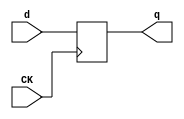
//# 14 inputs
//# 14 outputs
//# 18 D-type flipflops
//# 141 inverters
//# 388 gates (118 ANDs + 119 NANDs + 101 ORs + 50 NORs)

module dff(CK,q,d);
input CK,d;
output reg q;
always @ (posedge CK)
q<=d;
endmodule

module s1196a(GND,VDD,CK,G0,G1,G10,G11,G12,G13,G2,G3,G4,G45,G5,G530,G532,G535,
  G537,G539,
  G542,G546,G547,G548,G549,G550,G551,G552,G6,G7,G8,G9);
input GND,VDD,CK,G0,G1,G2,G3,G4,G5,G6,G7,G8,G9,G10,G11,G12,G13;
output G546,G539,G550,G551,G552,G547,G548,G549,G530,G45,G542,G532,G535,G537;

  wire G29,G502,G30,G503,G31,G504,G32,G505,G33,G506,G34,G507,G35,G508,G36,G509,
    G37,G510,G38,G511,G39,G512,G40,G513,G41,G514,G42,G515,G43,G516,G44,G517,
    G518,G46,G519,G520,G521,G522,G524,II156,G334,G527,G528,G529,G531,G533,G536,
    G538,G540,G541,G543,G476,G484,G125,G140,G132,G70,G67,G99,G475,G57,G59,G58,
    G228,G272,G271,G98,G97,G135,G134,II218,G333,G55,G54,G165,G72,G71,G236,G274,
    G275,II249,G370,G75,G74,G490,G190,G482,G241,G153,G192,G193,G123,G122,II272,
    G209,G458,II276,G238,G332,II280,G309,II287,G347,G498,G195,G78,G77,II295,
    G198,G459,G199,G200,G90,G89,G221,G222,G223,G224,II316,G239,G369,G234,G235,
    II327,G435,II330,G441,G50,G49,G130,G501,G156,G477,G276,G485,II352,G299,
    G497,G205,II371,G335,II374,G456,G87,G86,II386,G414,G486,G68,G231,G232,G160,
    G161,G265,G64,G63,G180,G181,G107,G207,G208,G167,G168,G124,G206,G203,G204,
    G489,G273,G495,G177,G357,G212,G213,II493,G218,G404,II502,G468,G173,G487,
    G534,II529,G149,II536,G79,G446,G494,G500,G214,G215,G492,G62,G483,G182,G282,
    G281,II573,G176,G403,II576,G175,G447,G479,G194,G491,G554,G553,G170,G171,
    G172,G525,G526,G493,G544,G545,G488,G499,G280,II624,G120,G303,G480,G179,
    II631,G188,G336,G496,G174,II662,G405,G478,G279,II692,G145,G432,G359,G469,
    G163,G461,G431,G362,G129,G81,G288,G240,G348,G352,G164,G379,G211,G385,G376,
    G387,G462,G436,G363,G410,G399,G437,G66,G229,G307,G104,G306,G283,G219,G339,
    G472,G136,G351,G169,G440,G382,G100,G386,G85,G321,G378,G471,G191,G103,G112,
    G377,G56,G358,G83,G400,G277,G308,G151,G411,G48,G413,G197,G201,G434,G373,
    G444,G361,G202,G346,G82,G457,G364,G109,G445,G53,G225,G412,G371,G267,G353,
    G92,G388,G114,G473,G143,G331,G257,G429,G51,G380,G93,G360,G106,G338,G337,
    G270,G340,G322,G105,G196,G330,G248,G249,G430,G344,G111,G189,G428,G227,G349,
    G108,G460,G115,G463,G148,G393,G127,G470,G341,G118,G342,G73,G324,G183,G323,
    G144,G354,G312,G315,G250,G251,G474,G242,G343,G147,G304,G52,G158,G398,G94,
    G365,G137,G417,G290,G117,G157,G327,G367,G126,G397,G101,G451,G187,G406,G418,
    G60,G453,G186,G289,G119,G311,G178,G402,G154,G433,G91,G449,G88,G452,G184,
    G329,G150,G291,G138,G155,G328,G102,G366,G372,G116,G383,G131,G392,G396,G76,
    G401,G110,G422,G80,G415,G146,G142,G425,G438,G133,G424,G439,G317,G159,G245,
    G426,G162,G443,G47,G416,G61,G427,G95,G442,G121,G423,G128,G448,G139,G419,
    G394,G407,G314,G395,G302,G355,G316,G350,G368,G381,G384,G389,G374,G286,G293,
    G375,G356,G313,G420,G421,G320,G310,G408,G305,G409,G296,G325,G464,G391,G220,
    G292,G345,G226,G465,G210,G454,G269,G287,G318,G326,G390,G298,G300,G261,G301,
    G297,G455,G152,G319,G284,G294,G141,G285,G295,G450,G244,G166,G252,G216,G263,
    G233,G243,G237,G96,G278,G255,G69,G264,G84,G258,G259,G217,G230,G260,G266,
    G262,G256,G113,G268,G253,G254,G523,G247,G246,G185;

  dff DFF_0(CK,G29,G502);
  dff DFF_1(CK,G30,G503);
  dff DFF_2(CK,G31,G504);
  dff DFF_3(CK,G32,G505);
  dff DFF_4(CK,G33,G506);
  dff DFF_5(CK,G34,G507);
  dff DFF_6(CK,G35,G508);
  dff DFF_7(CK,G36,G509);
  dff DFF_8(CK,G37,G510);
  dff DFF_9(CK,G38,G511);
  dff DFF_10(CK,G39,G512);
  dff DFF_11(CK,G40,G513);
  dff DFF_12(CK,G41,G514);
  dff DFF_13(CK,G42,G515);
  dff DFF_14(CK,G43,G516);
  dff DFF_15(CK,G44,G517);
  dff DFF_16(CK,G45,G518);
  dff DFF_17(CK,G46,G519);
  not NOT_0(G520,G0);
  not NOT_1(G521,G1);
  not NOT_2(G522,G2);
  not NOT_3(G524,G3);
  not NOT_4(II156,G4);
  not NOT_5(G334,II156);
  not NOT_6(G527,G4);
  not NOT_7(G528,G5);
  not NOT_8(G529,G6);
  not NOT_9(G531,G7);
  not NOT_10(G533,G8);
  not NOT_11(G536,G9);
  not NOT_12(G538,G10);
  not NOT_13(G540,G11);
  not NOT_14(G541,G12);
  not NOT_15(G543,G13);
  not NOT_16(G476,G30);
  not NOT_17(G484,G30);
  not NOT_18(G125,G40);
  not NOT_19(G140,G33);
  not NOT_20(G546,G41);
  not NOT_21(G132,G42);
  not NOT_22(G70,G43);
  not NOT_23(G67,G44);
  not NOT_24(G99,G29);
  not NOT_25(G475,G57);
  not NOT_26(G59,G58);
  not NOT_27(G228,G524);
  not NOT_28(G272,G271);
  not NOT_29(G98,G97);
  not NOT_30(G135,G134);
  not NOT_31(II218,G528);
  not NOT_32(G333,II218);
  not NOT_33(G55,G54);
  not NOT_34(G165,G529);
  not NOT_35(G72,G71);
  not NOT_36(G236,G274);
  not NOT_37(G275,G274);
  not NOT_38(II249,G538);
  not NOT_39(G370,II249);
  not NOT_40(G75,G74);
  not NOT_41(G490,G190);
  not NOT_42(G482,G241);
  not NOT_43(G153,G522);
  not NOT_44(G192,G193);
  not NOT_45(G123,G122);
  not NOT_46(II272,G209);
  not NOT_47(G458,II272);
  not NOT_48(II276,G238);
  not NOT_49(G332,II276);
  not NOT_50(II280,G272);
  not NOT_51(G309,II280);
  not NOT_52(II287,G135);
  not NOT_53(G347,II287);
  not NOT_54(G498,G195);
  not NOT_55(G78,G77);
  not NOT_56(II295,G198);
  not NOT_57(G459,II295);
  not NOT_58(G199,G200);
  not NOT_59(G90,G89);
  not NOT_60(G221,G222);
  not NOT_61(G223,G224);
  not NOT_62(II316,G239);
  not NOT_63(G369,II316);
  not NOT_64(G234,G235);
  not NOT_65(II327,G135);
  not NOT_66(G435,II327);
  not NOT_67(II330,G236);
  not NOT_68(G441,II330);
  not NOT_69(G50,G49);
  not NOT_70(G130,G9);
  not NOT_71(G501,G156);
  not NOT_72(G477,G276);
  not NOT_73(G485,G276);
  not NOT_74(II352,G77);
  not NOT_75(G299,II352);
  not NOT_76(G497,G205);
  not NOT_77(II371,G1);
  not NOT_78(G335,II371);
  not NOT_79(II374,G520);
  not NOT_80(G456,II374);
  not NOT_81(G87,G86);
  not NOT_82(II386,G199);
  not NOT_83(G414,II386);
  not NOT_84(G486,G68);
  not NOT_85(G231,G232);
  not NOT_86(G160,G161);
  not NOT_87(G265,G50);
  not NOT_88(G64,G63);
  not NOT_89(G180,G181);
  not NOT_90(G107,G456);
  not NOT_91(G207,G208);
  not NOT_92(G167,G168);
  not NOT_93(G124,G206);
  not NOT_94(G203,G204);
  not NOT_95(G489,G273);
  not NOT_96(G495,G273);
  not NOT_97(G177,G357);
  not NOT_98(G212,G213);
  not NOT_99(II493,G218);
  not NOT_100(G404,II493);
  not NOT_101(II502,G124);
  not NOT_102(G468,II502);
  not NOT_103(G173,G495);
  not NOT_104(G487,G534);
  not NOT_105(II529,G468);
  not NOT_106(G149,II529);
  not NOT_107(II536,G79);
  not NOT_108(G446,II536);
  not NOT_109(G494,G173);
  not NOT_110(G500,G173);
  not NOT_111(G214,G215);
  not NOT_112(G492,G62);
  not NOT_113(G483,G182);
  not NOT_114(G282,G281);
  not NOT_115(II573,G176);
  not NOT_116(G403,II573);
  not NOT_117(II576,G175);
  not NOT_118(G447,II576);
  not NOT_119(G479,G194);
  not NOT_120(G491,G194);
  not NOT_121(G554,G553);
  not NOT_122(G170,G171);
  not NOT_123(G172,G171);
  not NOT_124(G525,G526);
  not NOT_125(G493,G544);
  not NOT_126(G545,G544);
  not NOT_127(G488,G172);
  not NOT_128(G499,G280);
  not NOT_129(II624,G120);
  not NOT_130(G303,II624);
  not NOT_131(G480,G179);
  not NOT_132(II631,G188);
  not NOT_133(G336,II631);
  not NOT_134(G496,G188);
  not NOT_135(G174,G496);
  not NOT_136(II662,G174);
  not NOT_137(G405,II662);
  not NOT_138(G478,G279);
  not NOT_139(II692,G145);
  not NOT_140(G432,II692);
  and AND2_0(G359,G6,G31);
  and AND2_1(G469,G163,G3);
  and AND2_2(G461,G529,G531);
  and AND2_3(G431,G524,G67);
  and AND2_4(G362,G129,G77);
  and AND2_5(G81,G288,G240);
  and AND2_6(G348,G97,G55);
  and AND4_0(G352,G8,G135,G37,G164);
  and AND2_7(G511,G163,G164);
  and AND2_8(G379,G9,G211);
  and AND3_0(G385,G529,G7,G49);
  and AND2_9(G376,G533,G75);
  and AND3_1(G387,G6,G274,G75);
  and AND2_10(G462,G192,G538);
  and AND2_11(G436,G123,G77);
  and AND2_12(G363,G77,G205);
  and AND2_13(G410,G1,G205);
  and AND2_14(G399,G520,G1);
  and AND2_15(G437,G66,G229);
  and AND2_16(G307,G6,G104);
  and AND2_17(G306,G524,G78);
  and AND2_18(G283,G122,G219);
  and AND3_2(G339,G533,G199,G209);
  and AND3_3(G472,G136,G9,G190);
  and AND4_1(G351,G524,G169,G221,G234);
  and AND2_19(G440,G38,G234);
  and AND3_4(G382,G9,G100,G34);
  and AND2_20(G386,G536,G85);
  and AND2_21(G321,G90,G50);
  and AND2_22(G378,G89,G50);
  and AND3_5(G471,G191,G103,G112);
  and AND2_23(G377,G90,G56);
  and AND2_24(G358,G7,G83);
  and AND2_25(G400,G0,G277);
  and AND2_26(G308,G5,G151);
  and AND2_27(G411,G48,G59);
  and AND2_28(G413,G197,G201);
  and AND2_29(G434,G165,G231);
  and AND2_30(G373,G34,G160);
  and AND2_31(G357,G265,G232);
  and AND3_6(G444,G64,G78,G211);
  and AND2_32(G361,G6,G202);
  and AND2_33(G346,G2,G82);
  and AND2_34(G457,G4,G107);
  and AND2_35(G364,G2,G109);
  and AND2_36(G445,G53,G225);
  and AND2_37(G412,G3,G207);
  and AND3_7(G371,G161,G168,G267);
  and AND3_8(G353,G11,G92,G163);
  and AND2_38(G388,G11,G114);
  and AND2_39(G473,G11,G143);
  and AND2_40(G331,G213,G257);
  and AND2_41(G429,G51,G225);
  and AND2_42(G380,G6,G93);
  and AND2_43(G360,G8,G106);
  and AND2_44(G338,G202,G203);
  and AND2_45(G337,G270,G167);
  and AND2_46(G340,G8,G270);
  and AND3_9(G322,G522,G105,G196);
  and AND2_47(G330,G248,G249);
  and AND2_48(G430,G177,G196);
  and AND3_10(G344,G111,G189,G195);
  and AND2_49(G428,G212,G227);
  and AND2_50(G349,G6,G108);
  and AND3_11(G460,G2,G81,G115);
  and AND2_51(G463,G521,G148);
  and AND2_52(G393,G127,G34);
  and AND2_53(G470,G528,G149);
  and AND2_54(G341,G531,G118);
  and AND2_55(G342,G73,G197);
  and AND2_56(G324,G522,G183);
  and AND2_57(G323,G2,G144);
  and AND2_58(G354,G0,G214);
  and AND2_59(G312,G180,G182);
  and AND2_60(G315,G250,G251);
  and AND2_61(G474,G242,G77);
  and AND3_12(G343,G2,G528,G147);
  and AND2_62(G304,G52,G158);
  and AND3_13(G398,G94,G156,G158);
  and AND3_14(G365,G282,G137,G156);
  and AND3_15(G417,G13,G282,G70);
  and AND3_16(G290,G117,G135,G157);
  and AND3_17(G327,G4,G39,G157);
  and AND2_63(G367,G126,G157);
  and AND3_18(G397,G101,G98,G157);
  and AND3_19(G451,G541,G554,G187);
  and AND2_64(G406,G87,G172);
  and AND3_20(G418,G524,G60,G172);
  and AND2_65(G453,G545,G186);
  and AND3_21(G289,G2,G119,G156);
  and AND3_22(G311,G0,G178,G179);
  and AND2_66(G402,G154,G183);
  and AND2_67(G433,G91,G154);
  and AND2_68(G449,G88,G154);
  and AND2_69(G452,G526,G184);
  and AND2_70(G329,G150,G156);
  and AND2_71(G291,G138,G155);
  and AND3_23(G328,G5,G102,G155);
  and AND2_72(G366,G125,G155);
  and AND3_24(G372,G116,G275,G155);
  and AND2_73(G383,G131,G155);
  and AND2_74(G392,G132,G155);
  and AND3_25(G396,G76,G272,G155);
  and AND3_26(G401,G2,G110,G155);
  and AND3_27(G422,G0,G80,G155);
  and AND3_28(G415,G146,G142,G165);
  and AND2_75(G425,G146,G176);
  and AND3_29(G438,G8,G146,G133);
  and AND3_30(G424,G78,G174,G177);
  and AND2_76(G439,G174,G175);
  and AND2_77(G317,G159,G245);
  and AND3_31(G426,G37,G162,G38);
  and AND2_78(G443,G47,G162);
  and AND2_79(G416,G61,G167);
  and AND3_32(G427,G541,G95,G165);
  and AND2_80(G442,G541,G121);
  and AND2_81(G423,G541,G128);
  and AND2_82(G448,G139,G153);
  or OR2_0(G419,G3,G5);
  or OR2_1(G193,G6,G30);
  or OR2_2(G394,G5,G58);
  or OR2_3(G407,G6,G117);
  or OR2_4(G314,G527,G57);
  or OR2_5(G395,G4,G134);
  or OR2_6(G288,G1,G528);
  or OR2_7(G302,G4,G529);
  or OR2_8(G224,G533,G31);
  or OR2_9(G355,G11,G116);
  or OR2_10(G316,G531,G536);
  or OR2_11(G350,G6,G536);
  or OR2_12(G368,G533,G536);
  or OR2_13(G381,G7,G71);
  or OR2_14(G384,G529,G71);
  or OR2_15(G389,G9,G274);
  or OR2_16(G374,G536,G538);
  or OR2_17(G286,G9,G540);
  or OR2_18(G293,G7,G540);
  or OR2_19(G375,G10,G540);
  or OR2_20(G356,G6,G476);
  or OR2_21(G313,G521,G475);
  or OR2_22(G420,G522,G59);
  or OR3_0(G421,G521,G2,G228);
  or OR2_23(G320,G76,G272);
  or OR2_24(G310,G522,G135);
  or OR2_25(G408,G529,G77);
  or OR2_26(G305,G524,G55);
  or OR2_27(G409,G528,G55);
  or OR2_28(G296,G89,G484);
  or OR3_1(G325,G7,G536,G222);
  or OR2_29(G464,G72,G536);
  or OR2_30(G391,G74,G220);
  or OR2_31(G292,G538,G75);
  or OR2_32(G345,G529,G226);
  or OR2_33(G465,G524,G210);
  or OR2_34(G454,G122,G77);
  or OR2_35(G269,G362,G529);
  or OR2_36(G287,G522,G81);
  or OR3_2(G318,G6,G8,G232);
  or OR2_37(G326,G533,G232);
  or OR2_38(G390,G89,G50);
  or OR2_39(G298,G5,G497);
  or OR2_40(G300,G87,G97);
  or OR2_41(G261,G283,G528);
  or OR2_42(G301,G122,G486);
  or OR2_43(G92,G351,G352);
  or OR2_44(G47,G440,G441);
  or OR2_45(G114,G385,G386);
  or OR2_46(G297,G64,G274);
  or OR3_3(G93,G376,G377,G378);
  or OR2_47(G106,G358,G359);
  or OR2_48(G110,G399,G400);
  or OR2_49(G455,G78,G206);
  or OR3_4(G152,G306,G307,G308);
  or OR2_50(G60,G413,G414);
  or OR2_51(G133,G434,G435);
  or OR2_52(G105,G321,G273);
  or OR2_53(G108,G346,G347);
  or OR3_5(G115,G457,G458,G459);
  or OR2_54(G126,G363,G364);
  or OR2_55(G79,G444,G445);
  or OR2_56(G319,G529,G489);
  or OR2_57(G131,G379,G380);
  or OR2_58(G118,G337,G338);
  or OR2_59(G73,G339,G340);
  or OR2_60(G91,G430,G431);
  or OR2_61(G137,G348,G349);
  or OR2_62(G242,G469,G470);
  or OR2_63(G147,G341,G342);
  or OR3_6(G284,G528,G272,G281);
  or OR3_7(G294,G1,G117,G281);
  or OR3_8(G553,G322,G323,G324);
  or OR2_64(G141,G353,G354);
  or OR2_65(G142,G403,G404);
  or OR2_66(G88,G446,G447);
  or OR2_67(G544,G343,G344);
  or OR2_68(G285,G5,G479);
  or OR2_69(G295,G122,G491);
  or OR2_70(G450,G12,G171);
  or OR2_71(G150,G303,G304);
  or OR2_72(G146,G336,G170);
  or OR3_9(G539,G451,G452,G453);
  or OR2_73(G244,G371,G159);
  or OR4_0(G550,G289,G290,G291,G485);
  or OR3_10(G551,G327,G328,G329);
  or OR3_11(G552,G365,G366,G367);
  or OR2_74(G547,G382,G383);
  or OR2_75(G548,G392,G393);
  or OR4_1(G549,G396,G397,G398,G477);
  or OR2_76(G530,G401,G402);
  or OR2_77(G61,G405,G406);
  or OR2_78(G95,G424,G425);
  or OR2_79(G121,G438,G439);
  or OR2_80(G279,G317,G166);
  or OR4_2(G128,G415,G416,G417,G418);
  or OR2_81(G145,G426,G427);
  or OR2_82(G139,G442,G443);
  or OR2_83(G532,G422,G423);
  or OR2_84(G535,G432,G433);
  or OR2_85(G537,G448,G449);
  nand NAND2_0(G57,G0,G2);
  nand NAND2_1(G58,G1,G3);
  nand NAND2_2(G76,G0,G3);
  nand NAND2_3(G101,G3,G4);
  nand NAND2_4(G117,G2,G4);
  nand NAND2_5(G271,G1,G4);
  nand NAND2_6(G97,G2,G5);
  nand NAND2_7(G134,G3,G5);
  nand NAND2_8(G54,G4,G6);
  nand NAND2_9(G116,G6,G9);
  nand NAND2_10(G71,G8,G10);
  nand NAND2_11(G274,G7,G10);
  nand NAND2_12(G74,G9,G11);
  nand NAND2_13(G112,G8,G31);
  nand NAND2_14(G245,G8,G34);
  nand NAND2_15(G122,G522,G3);
  nand NAND2_16(G238,G2,G524);
  nand NAND2_17(G129,G527,G5);
  nand NAND2_18(G240,G4,G134);
  nand NAND4_0(G252,G3,G11,G35,G216);
  nand NAND2_19(G77,G4,G528);
  nand NAND3_0(G103,G529,G7,G30);
  nand NAND2_20(G200,G527,G529);
  nand NAND2_21(G248,G529,G36);
  nand NAND2_22(G89,G531,G8);
  nand NAND2_23(G222,G533,G10);
  nand NAND2_24(G239,G7,G533);
  nand NAND2_25(G235,G6,G536);
  nand NAND2_26(G220,G7,G71);
  nand NAND2_27(G49,G9,G538);
  nand NAND2_28(G251,G543,G32);
  nand NAND3_1(G276,G3,G543,G140);
  nand NAND2_29(G263,G0,G99);
  nand NAND2_30(G226,G527,G59);
  nand NAND2_31(G210,G520,G272);
  nand NAND2_32(G66,G129,G101);
  nand NAND2_33(G233,G522,G135);
  nand NAND3_2(G104,G122,G238,G240);
  nand NAND2_34(G86,G55,G3);
  nand NAND2_35(G219,G524,G55);
  nand NAND2_36(G68,G302,G528);
  nand NAND2_37(G232,G536,G164);
  nand NAND2_38(G136,G222,G224);
  nand NAND2_39(G510,G350,G235);
  nand NAND2_40(G161,G316,G72);
  nand NAND2_41(G100,G381,G220);
  nand NAND2_42(G85,G384,G239);
  nand NAND3_3(G243,G368,G275,G34);
  nand NAND2_43(G63,G75,G8);
  nand NAND3_4(G237,G10,G75,G201);
  nand NAND2_44(G503,G286,G538);
  nand NAND2_45(G56,G374,G375);
  nand NAND2_46(G83,G355,G356);
  nand NAND2_47(G96,G313,G314);
  nand NAND2_48(G278,G332,G333);
  nand NAND3_5(G255,G309,G2,G529);
  nand NAND3_6(G69,G419,G420,G233);
  nand NAND2_49(G512,G310,G233);
  nand NAND2_50(G181,G2,G78);
  nand NAND3_7(G277,G394,G395,G81);
  nand NAND2_51(G151,G305,G200);
  nand NAND3_8(G48,G407,G408,G409);
  nand NAND2_52(G264,G227,G241);
  nand NAND2_53(G208,G68,G229);
  nand NAND2_54(G168,G75,G221);
  nand NAND2_55(G84,G369,G370);
  nand NAND3_9(G258,G464,G103,G223);
  nand NAND2_56(G166,G7,G50);
  nand NAND2_57(G259,G130,G225);
  nand NAND2_58(G504,G292,G293);
  nand NAND2_59(G217,G50,G230);
  nand NAND2_60(G257,G538,G230);
  nand NAND3_10(G260,G528,G529,G191);
  nand NAND2_61(G266,G524,G96);
  nand NAND2_62(G262,G527,G278);
  nand NAND2_63(G138,G465,G263);
  nand NAND2_64(G256,G4,G69);
  nand NAND2_65(G82,G334,G335);
  nand NAND2_66(G109,G269,G219);
  nand NAND2_67(G206,G287,G524);
  nand NAND2_68(G204,G521,G87);
  nand NAND2_69(G53,G264,G237);
  nand NAND2_70(G273,G325,G326);
  nand NAND2_71(G267,G536,G84);
  nand NAND2_72(G113,G389,G390);
  nand NAND3_11(G143,G258,G193,G259);
  nand NAND2_73(G213,G64,G275);
  nand NAND2_74(G51,G260,G237);
  nand NAND3_12(G102,G320,G266,G210);
  nand NAND3_13(G52,G298,G299,G219);
  nand NAND3_14(G80,G421,G226,G256);
  nand NAND2_75(G270,G345,G204);
  nand NAND3_15(G94,G261,G181,G262);
  nand NAND3_16(G505,G300,G301,G181);
  nand NAND3_17(G249,G11,G273,G201);
  nand NAND2_76(G268,G11,G113);
  nand NAND2_77(G111,G213,G217);
  nand NAND3_18(G534,G296,G297,G166);
  nand NAND2_78(G253,G87,G218);
  nand NAND3_19(G148,G454,G455,G0);
  nand NAND2_79(G254,G1,G152);
  nand NAND2_80(G127,G391,G268);
  nand NAND3_20(G215,G135,G55,G212);
  nand NAND2_81(G62,G534,G32);
  nand NAND3_21(G523,G254,G255,G208);
  nand NAND2_82(G508,G318,G319);
  nand NAND3_22(G144,G215,G252,G253);
  nand NAND2_83(G250,G13,G523);
  nand NAND2_84(G281,G523,G534);
  nand NAND2_85(G171,G553,G187);
  nand NAND3_23(G526,G1,G2,G141);
  nand NAND2_86(G280,G46,G247);
  nand NAND2_87(G246,G544,G186);
  nand NAND2_88(G119,G284,G285);
  nand NAND2_89(G120,G294,G295);
  nand NAND2_90(G185,G525,G184);
  nand NAND2_91(G159,G6,G155);
  nand NAND3_24(G518,G450,G185,G246);
  nand NAND3_25(G542,G243,G244,G279);
  nor NOR2_0(G163,G0,G4);
  nor NOR2_1(G216,G4,G5);
  nor NOR2_2(G169,G5,G7);
  nor NOR2_3(G225,G7,G8);
  nor NOR2_4(G190,G7,G11);
  nor NOR2_5(G241,G10,G11);
  nor NOR2_6(G198,G520,G3);
  nor NOR2_7(G178,G521,G4);
  nor NOR2_8(G229,G1,G522);
  nor NOR2_9(G209,G1,G524);
  nor NOR2_10(G195,G521,G134);
  nor NOR2_11(G189,G522,G54);
  nor NOR2_12(G201,G528,G54);
  nor NOR2_13(G164,G531,G10);
  nor NOR2_14(G211,G6,G274);
  nor NOR2_15(G156,G12,G543);
  nor NOR2_16(G205,G529,G122);
  nor NOR2_17(G227,G5,G200);
  nor NOR2_18(G230,G8,G490);
  nor NOR2_19(G191,G9,G482);
  nor NOR3_0(G196,G5,G540,G86);
  nor NOR2_20(G197,G540,G232);
  nor NOR2_21(G202,G10,G63);
  nor NOR2_22(G502,G436,G437);
  nor NOR2_23(G218,G528,G217);
  nor NOR3_1(G516,G410,G411,G412);
  nor NOR2_24(G515,G387,G388);
  nor NOR2_25(G509,G331,G5);
  nor NOR2_26(G513,G360,G361);
  nor NOR2_27(G183,G330,G3);
  nor NOR2_28(G517,G428,G429);
  nor NOR2_29(G182,G12,G62);
  nor NOR4_0(G519,G460,G461,G462,G463);
  nor NOR2_30(G176,G4,G494);
  nor NOR2_31(G175,G86,G500);
  nor NOR2_32(G187,G13,G492);
  nor NOR2_33(G158,G521,G281);
  nor NOR2_34(G194,G281,G271);
  nor NOR2_35(G157,G13,G483);
  nor NOR3_2(G507,G315,G12,G487);
  nor NOR2_36(G186,G282,G501);
  nor NOR4_1(G247,G471,G472,G473,G474);
  nor NOR2_37(G179,G541,G280);
  nor NOR2_38(G188,G543,G493);
  nor NOR2_39(G154,G12,G488);
  nor NOR3_3(G184,G541,G13,G499);
  nor NOR2_40(G506,G311,G312);
  nor NOR2_41(G155,G13,G480);
  nor NOR2_42(G162,G185,G498);
  nor NOR3_4(G514,G372,G373,G478);

endmodule